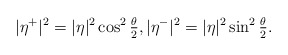
\begin{align*}|\eta^+|^2 = |\eta|^2 \cos^2\tfrac{\theta}{2}, |\eta^-|^2 = |\eta|^2 \sin^2\tfrac{\theta}{2}.\end{align*}